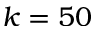
k = 5 0